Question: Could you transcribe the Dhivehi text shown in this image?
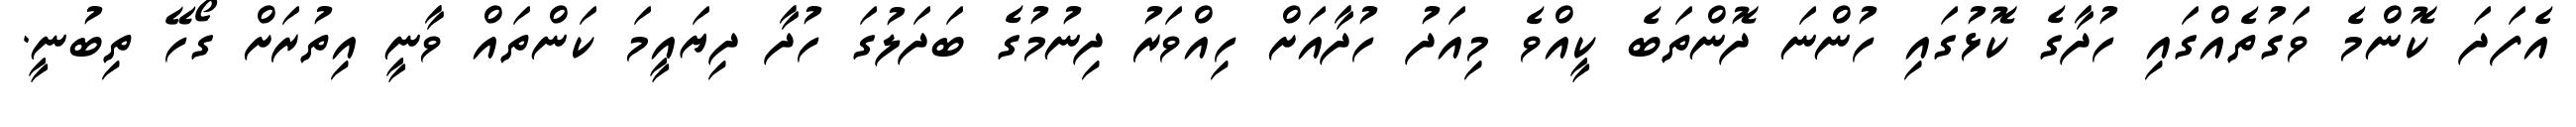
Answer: އެފަދަ ކޮންމެ ވަގުތެއްގައި ހުދާގެ ކޮޅުގައި ހުންނަ ދޮންތަބެ ކީއްވެ މިއަދު ހުދާއަށް ހިއްވަރު ދިނުމުގެ ބަދަލުގަ ހުދާ ދިޔައީމަ ކަންތައް ވާނީ އިތުރަށް ގޯހޭ ތިބުނީ.